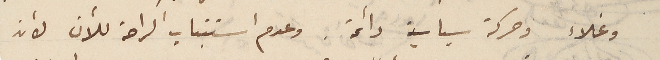
وغلاء وحركة سياسية دائمة. وعدم استتباب الراحة للآن لأن